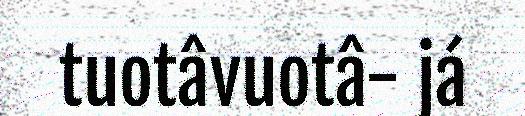
tuotâvuotâ- já